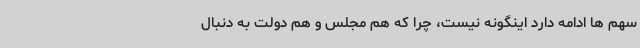
سهم ها ادامه دارد اینگونه نیست، چرا که هم مجلس و هم دولت به دنبال